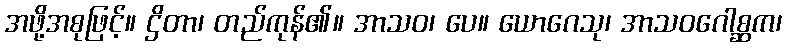
အဖို့အစုဖြင့်။ ဌိတာ၊ တည်ကုန်၏။ အာသဝ၊ ပေ။ ယောဂေသု၊ အာသဝဂေါစ္ဆက၊